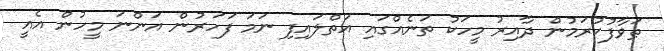
ޠަވާފުކުރަމުން ދާއިރު މީހަކު ތަނެއްގައި އަތްލައިފި ނަމަ ފަހަރުން އަންނަ މީހުން އެއީ